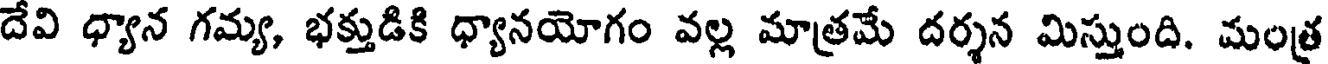
దేవి ధ్యాన గమ్య, భక్తుడికి ధ్యానయోగం వల్ల మాత్రమే దర్శన మిస్తుంది. మంత్ర